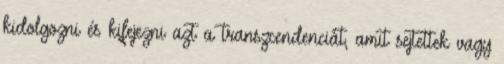
kidolgozni és kifejezni azt a transzcendenciát, amit sejtettek vagy